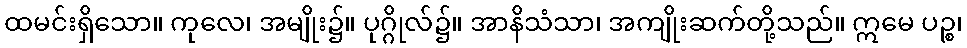
ထမင်းရှိသော။ ကုလေ၊ အမျိုး၌။ ပုဂ္ဂိုလ်၌။ အာနိသံသာ၊ အကျိုးဆက်တို့သည်။ ဣမေ ပဉ္စ၊